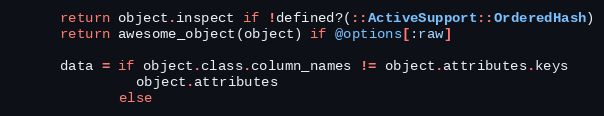
Language: Ruby
      return object.inspect if !defined?(::ActiveSupport::OrderedHash)
      return awesome_object(object) if @options[:raw]

      data = if object.class.column_names != object.attributes.keys
               object.attributes
             else